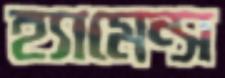
হ্যামেন্স